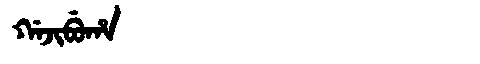
Manchu: ᡤᠠᠵᡳᠪᡠᡥᠠ
Romanization: GAJIBUHA